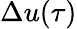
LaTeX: \Delta u(\tau)